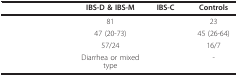
<table><thead><tr><td>[EMPTY_CELL]</td><td><b>IBS-D &amp; IBS-M</b></td><td><b>IBS-C</b></td><td><b>Controls</b></td></tr></thead><tbody><tr><td>[EMPTY_CELL]</td><td>81</td><td>[EMPTY_CELL]</td><td>23</td></tr><tr><td>[EMPTY_CELL]</td><td>47 (20-73)</td><td>[EMPTY_CELL]</td><td>45 (26-64)</td></tr><tr><td>[EMPTY_CELL]</td><td>57/24</td><td>[EMPTY_CELL]</td><td>16/7</td></tr><tr><td>[EMPTY_CELL]</td><td>Diarrhea or mixed type</td><td>[EMPTY_CELL]</td><td>-</td></tr></tbody></table>